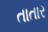
તાતાર